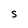
Character: s